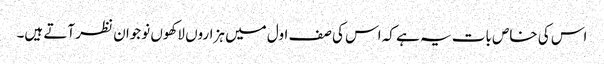
اس کی خاص بات یہ ہے کہ اس کی صف اول میں ہزاروں لاکھوں نوجوان نظر آتے ہیں۔